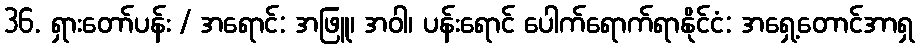
36. ရှားတော်ပန်း / အရောင်: အဖြူ၊ အဝါ၊ ပန်းရောင် ပေါက်ရောက်ရာနိုင်ငံ: အရှေ့တောင်အာရှ